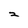
Character: 2